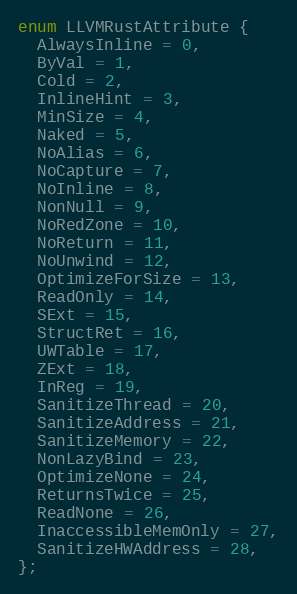
Language: C
enum LLVMRustAttribute {
  AlwaysInline = 0,
  ByVal = 1,
  Cold = 2,
  InlineHint = 3,
  MinSize = 4,
  Naked = 5,
  NoAlias = 6,
  NoCapture = 7,
  NoInline = 8,
  NonNull = 9,
  NoRedZone = 10,
  NoReturn = 11,
  NoUnwind = 12,
  OptimizeForSize = 13,
  ReadOnly = 14,
  SExt = 15,
  StructRet = 16,
  UWTable = 17,
  ZExt = 18,
  InReg = 19,
  SanitizeThread = 20,
  SanitizeAddress = 21,
  SanitizeMemory = 22,
  NonLazyBind = 23,
  OptimizeNone = 24,
  ReturnsTwice = 25,
  ReadNone = 26,
  InaccessibleMemOnly = 27,
  SanitizeHWAddress = 28,
};